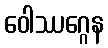
ဝေါဿဂ္ဂေန